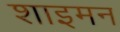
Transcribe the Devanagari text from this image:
शाइमन